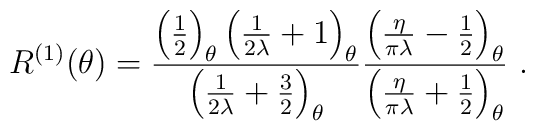
R^{(1)}(\theta )=\frac{\left( \frac{1}{2}\right) _{\theta }\left(\frac{1}{2\lambda }+1\right) _{\theta }}{\left( \frac{1}{2\lambda}+\frac{3}{2}\right) _{\theta }}\frac{\left( \frac{\eta }{\pi \lambda}-\frac{1}{2}\right) _{\theta }}{\left( \frac{\eta }{\pi \lambda}+\frac{1}{2}\right) _{\theta }}\ .